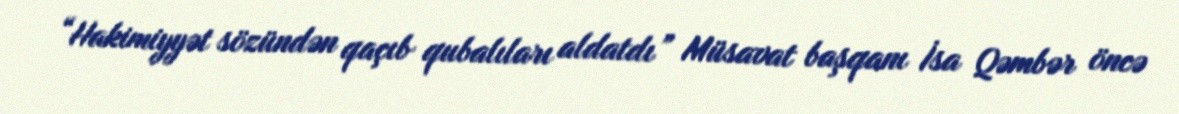
“Hakimiyyət sözündən qaçıb qubalıları aldatdı” Müsavat başqanı İsa Qəmbər öncə